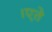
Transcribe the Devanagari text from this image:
।एते